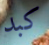
كبد